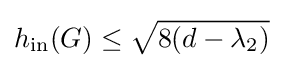
h_{\text{in}}(G)\leq {\sqrt {8(d-\lambda _{2})}}